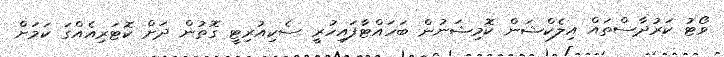
ވޯޓު ކަރުދާސްތައް އިލެކްޝަން ކޮމިޝަނުން ބަހައްޓާފައިހުރީ ސެކިއުރިޓީ ގޮތުން ދަށް ކޮޓަރިއެއްގަ ކަމަށް